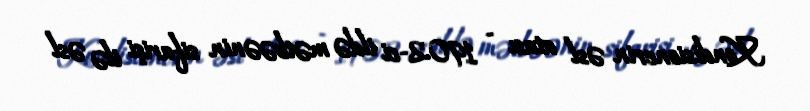
Kondisionerin əsl atası - 1902-ci ildə mətbəənin sifarişi ilə əsl